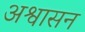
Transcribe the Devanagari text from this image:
अश्वासन